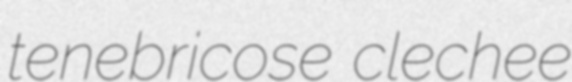
tenebricose clechee